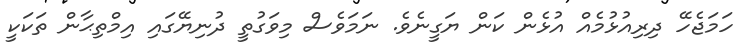
ހަމަޖެހޭ ދިރިއުޅުމެއް އުޅެން ކަން ޔަގީނެވެ. ނަމަވެސް މިވަގުތީ ދުނިޔޭގައި އިމްތިޙާން ތަކަކީ